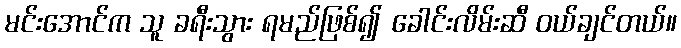
မင်းအောင်က သူ ခရီးသွား ရမည်ဖြစ်၍ ခေါင်းလိမ်းဆီ ဝယ်ချင်တယ်။